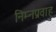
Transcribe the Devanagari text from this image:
निम्नप्रवाह